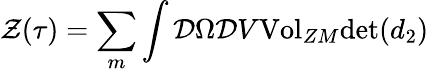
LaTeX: {\cal{Z}}(\tau{})=\sum_{m}\int{\cal{D}}\Omega{\cal{D}}V{\mathrm{Vol}}_{ZM}{\mathrm{det}}(d_{2})